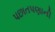
પછાતપણાની